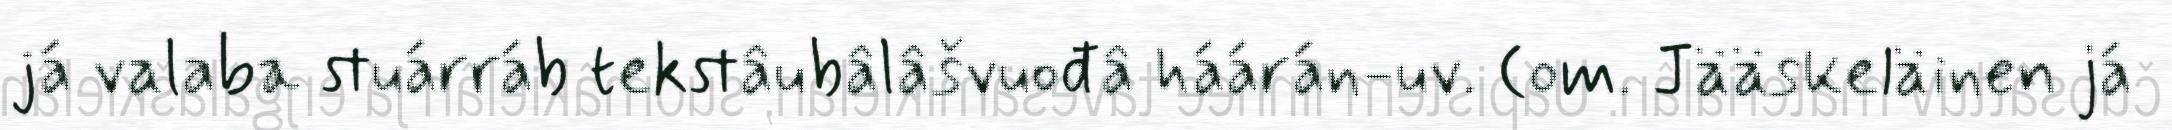
já valaba stuárráb tekstâubâlâšvuođâ háárán-uv. (om. Jääskeläinen já